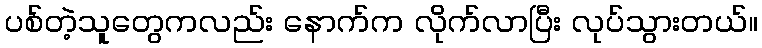
ပစ်တဲ့သူတွေကလည်း နောက်က လိုက်လာပြီး လုပ်သွားတယ်။